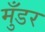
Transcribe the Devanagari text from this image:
मुँडर